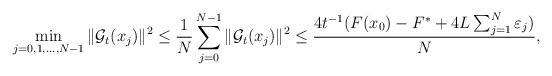
LaTeX: \begin{align*} \displaystyle\min_{j=0,1,\ldots,N-1}\|\mathcal{G}_t(x_j)\|^2\leq \frac{1}{N} \sum^{N-1}_{j=0}\|\mathcal{G}_t(x_j)\|^2\leq\frac{4t^{-1}(F(x_0)-F^*+4L\sum^{N}_{j=1}\varepsilon_{j})}{N}, \end{align*}